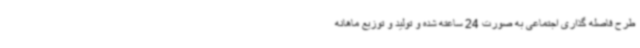
طرح فاصله گذاری اجتماعی به صورت 24 ساعته شده و تولید و توزیع ماهانه